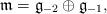
LaTeX: \begin{gather*}\mathfrak{m}= \mathfrak{g}_{-2}\oplus \mathfrak{g}_{-1},\end{gather*}